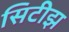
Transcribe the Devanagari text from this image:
सिटीझ